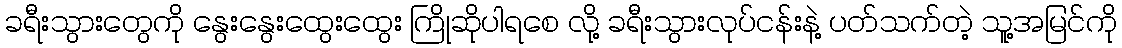
ခရီးသွားတွေကို နွေးနွေးထွေးထွေး ကြိုဆိုပါရစေ လို့ ခရီးသွားလုပ်ငန်းနဲ့ ပတ်သက်တဲ့ သူ့အမြင်ကို